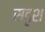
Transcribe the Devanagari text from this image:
सदृश